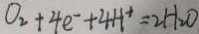
O _ { 2 } + 4 e ^ { - } + 4 H ^ { + } = 2 H _ { 2 } O